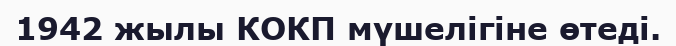
1942 жылы КОКП мүшелігіне өтеді.